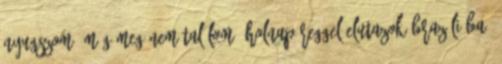
nyugszom, míg meg nem találom. Holnap reggel elutazok Brazíliába,